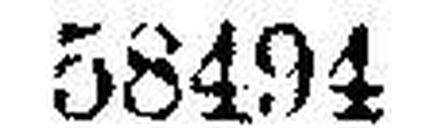
58494